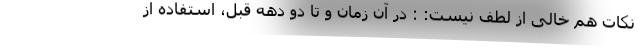
نکات هم خالی از لطف نیست: : در آن زمان و تا دو دهه قبل، استفاده از